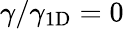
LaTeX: \gamma/\gamma_{1\mathrm{{D}}}=0